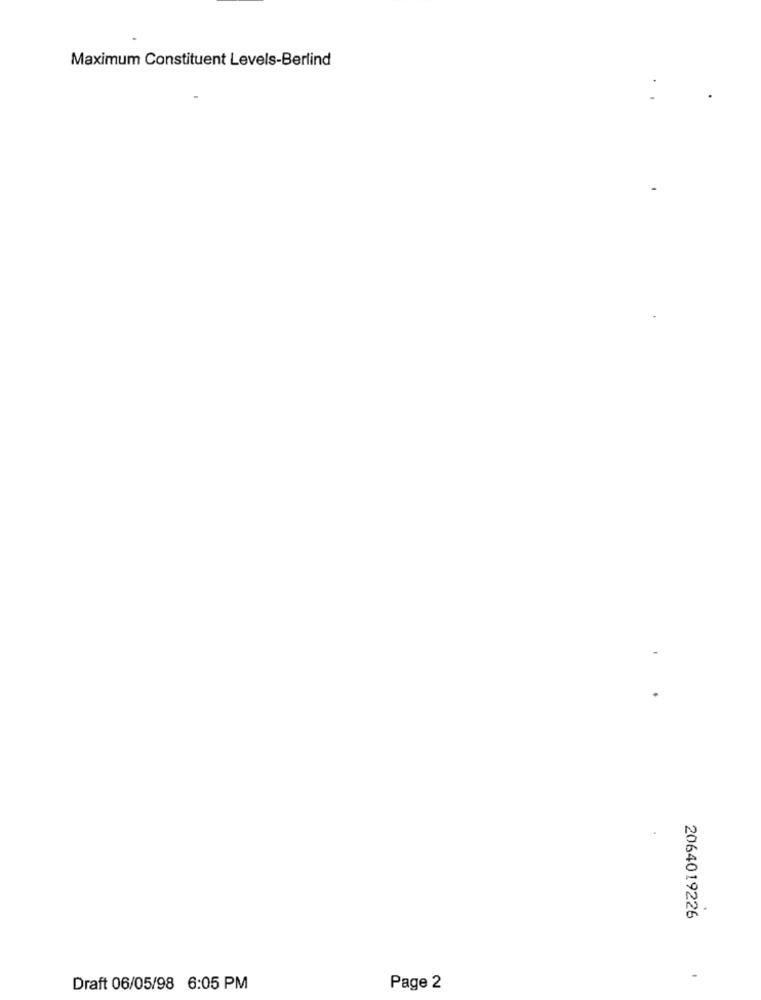
Maximum Constituent Levels-Berlind
.
2064019226
Draft 06/05/98 6:05 PM
Page 2